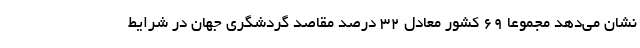
نشان می‌دهد مجموعا 69 کشور معادل 32 درصد مقاصد گردشگری جهان در شرایط